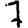
Digit: 7